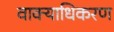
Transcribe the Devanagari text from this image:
वाक्याधिकरण